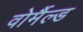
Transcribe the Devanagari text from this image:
वोर्मैल्ड